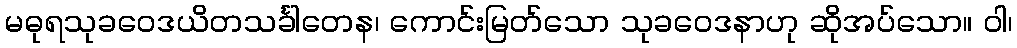
မဓုရသုခဝေဒယိတသင်္ခါတေန၊ ကောင်းမြတ်သော သုခဝေဒနာဟု ဆိုအပ်သော။ ဝါ၊